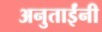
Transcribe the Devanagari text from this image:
अनुताईंनी